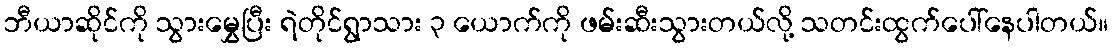
ဘီယာဆိုင်ကို သွားမွှေပြီး ရဲတိုင်ရွာသား ၃ ယောက်ကို ဖမ်းဆီးသွားတယ်လို့ သတင်းထွက်ပေါ်နေပါတယ်။